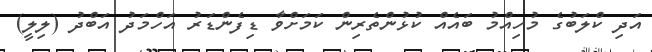
އަދި ކްލަބުގެ މުހިއްމު ބައެއް ކުޅުންތެރިން ކަމަށްވާ ޑިފެންޑަރު އަހްމަދު އަބްދު (ލިލީ)